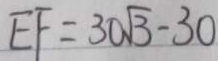
E F = 3 0 \sqrt { 3 } - 3 0